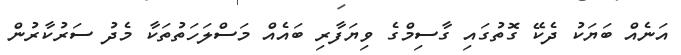
އަނެއް ބަޔަކު ދެކޭ ގޮތުގައި ގާސިމްގެ ވިޔަފާރި ބައެއް މަސްލަހަތުތަކާ މެދު ސަރުކާރުން